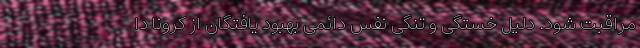
مراقبت شود. دلیل خستگی و تنگی نفس دائمی بهبود یافتگان از کرونا دا